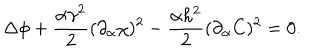
LaTeX: \Delta \phi + \frac { \alpha \gamma ^ { 2 } } { 2 } ( \partial _ { \alpha } \chi ) ^ { 2 } - \frac { \alpha h ^ { 2 } } { 2 } ( \partial _ { \alpha } C ) ^ { 2 } = 0 .